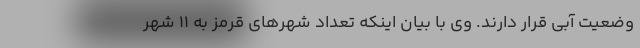
وضعیت آبی قرار دارند. وی با بیان اینکه تعداد شهرهای قرمز به ۱۱ شهر